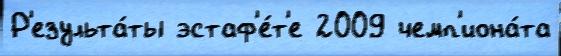
Р'езульта́ты эстаф'е́т'е 2009 чемп'иона́та